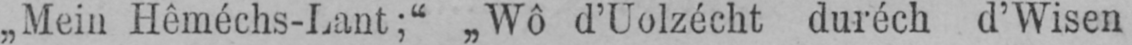
„Mein Hêméchs-Lant;“ „Wô d’Uolzéckt duréch d’Wisen